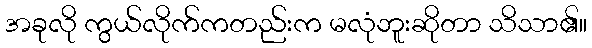
အခုလို ကွယ်လိုက်ကတည်းက မလုံဘူးဆိုတာ သိသာ၏။